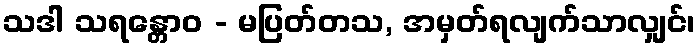
သဒါ သရန္တောဝ - မပြတ်တသ, အမှတ်ရလျက်သာလျှင်၊